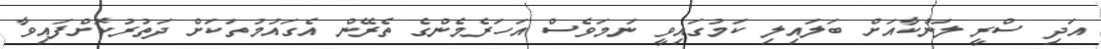
އަދި ސްރީ ލަންކާއަށް ބަލައިލި ކަމުގައިވީ ނަމަވެސް އަހަރެމެންގެ ތެރޭން އެގައުމުތަކަށް ދަތުރުކޮށްފައިވާ